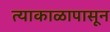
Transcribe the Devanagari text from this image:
त्याकाळापासून